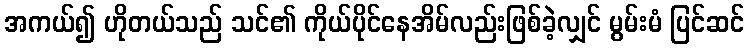
အကယ်၍ ဟိုတယ်သည် သင်၏ ကိုယ်ပိုင်နေအိမ်လည်းဖြစ်ခဲ့လျှင် မွမ်းမံ ပြင်ဆင်